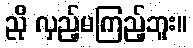
ညို လှည့်မကြည့်ဘူး။